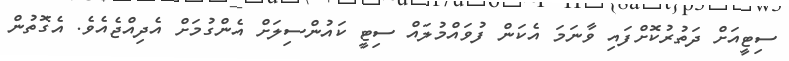
ސިޓީއަށް ދަތުރުކޮށްފައި ވާނަމަ އެކަން ފުވައްމުލައް ސިޓީ ކައުންސިލަށް އެންގުމަށް އެދިއްޖެއެވެ. އެގޮތުން